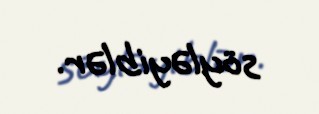
söyləyiblər.